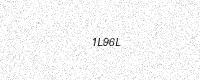
Text: 1L96L